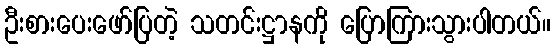
ဦးစားပေးဖော်ပြတဲ့ သတင်းဋ္ဌာနကို ပြောကြားသွားပါတယ်။